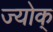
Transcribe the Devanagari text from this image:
ज्योक्